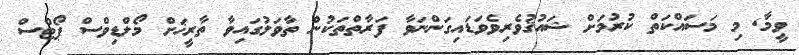
ވީމާ